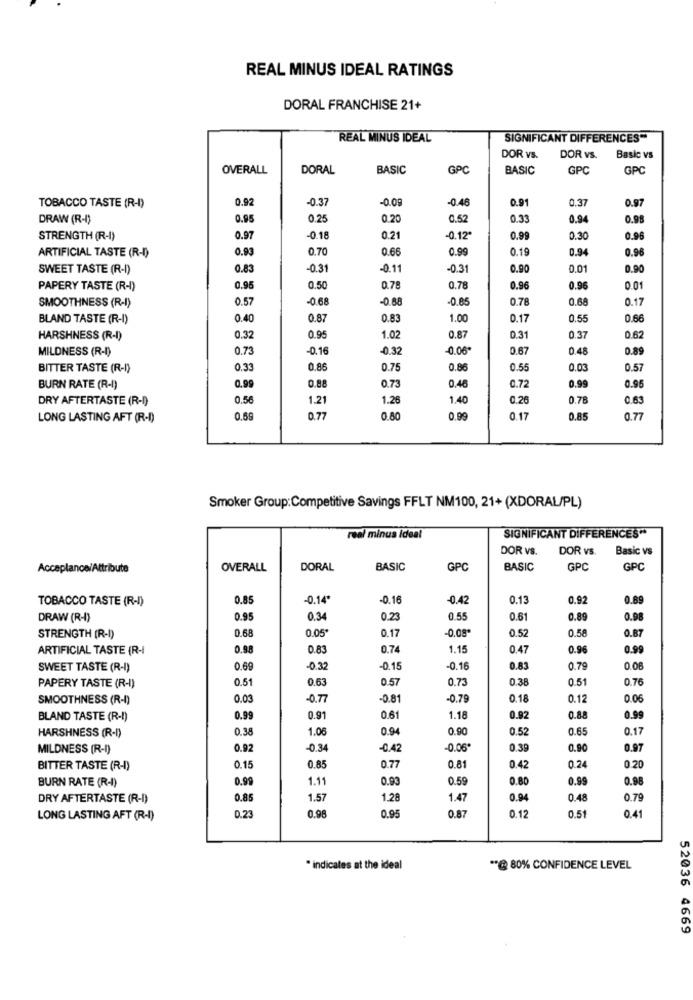
REAL MINUS IDEAL RATINGS
DORAL FRANCHISE 21+
REAL MINUS IDEAL
SIGNIFICANT DIFFERENCES"
DOR vs.
DOR vs.
Basic vs
OVERALL
DORAL
BASIC
GPC
BASIC
GPC
GPC
0.92
-0.37
-0.09
-0.48
0.91
0.37
TOBACCO TASTE (R-I)
0.97
DRAW (R-I)
0.95
0.25
0.20
0.57
0.35
0.94
0.9
STRENGTH (R-I)
0.97
-0.18
0.21
-0.12
0.99
0.30
0.9
0.93
0.70
0.66
0.99
0.19
0.96
ARTIFICIAL TASTE (R-D)
0.94
SWEET TASTE (R-I)
0.83
-0.31
-0.11
-0.3
0.90
0.0
0.90
PAPERY TASTE (R-I)
0.9
0.50
0.78
0.78
0.96
0.96
0.01
0.57
-0.68
-0.88
-0.85
0.78
0.68
0.17
SMOOTHNESS (R-I)
BLAND TASTE (R-I)
0.40
0.87
0.8
1.00
0.17
0.5
0.66
HARSHNESS (R-I)
0.32
0.95
1.02
0.87
0.31
0.37
0.62
MILDNESS (R-I)
0.73
-0.1
-0.32
0.06*
0.67
0.48
0.89
BITTER TASTE (R-I)
0.33
0.86
0.75
0.8
0.55
0.03
0.57
0.99
0.88
BURN RATE (R-I)
0.73
0.48
0.72
0.99
0.95
DRY AFTERTASTE (R-I)
0.56
1.21
1.26
1.40
0.26
0.78
0.63
LONG LASTING AFT (R-I)
0.69
0.77
0.80
0.99
0.17
0.8
0.77
Smoker Group: Competitive Savings FFLT NM100, 21+ (XDORAL/PL)
real minus ideal
SIGNIFICANT DIFFERENCES **
DOR VS.
DOR vs.
Basic vs
Acceptance/Attribute
OVERALL
DORAL
BASIC
GPC
BASIC
GPC
GPC
TOBACCO TASTE (R-I)
0.85
-0.14*
-0.16
-0.42
0.13
0.9
0.89
DRAW (R-I)
0.95
0.34
0.23
0.55
0.61
0.89
0.98
0.68
0.05
0.17
-0.08
0.52
0.58
0.87
STRENGTH (R-I)
ARTIFICIAL TASTE (R-I
0.98
0.83
0.74
1.15
0.47
0.96
0.99
SWEET TASTE (R-I)
0.69
-0.32
-0.15
0.16
0.83
0.79
0.00
0.51
0.63
0.57
0.73
0.38
0.5
0.70
PAPERY TASTE (R-I)
SMOOTHNESS (R-I)
0.03
-0.77
-0.81
-0.79
0.18
0.12
0.06
BLAND TASTE (R-I)
0.99
0.91
0.61
1.18
0.92
0.88
0.99
0.38
1.06
0.94
0.90
0.52
0.65
0.17
HARSHNESS (R-I)
MILDNESS (R-I)
0.92
-0.34
-0.42
-0.06*
0.39
0.90
0.97
0.85
BITTER TASTE (R-I)
0.15
0.77
0.81
0.42
0.24
0.20
0.99
1.11
0.93
0.59
0.80
0.99
0.98
BURN RATE (R-I)
DRY AFTERTASTE (R-I)
0.85
1.57
1.28
1.47
0.94
0.48
0.79
LONG LASTING AFT (R-I)
0.23
0.96
0.95
0.87
0.12
0.51
0.41
* indicates at the ideal
** @ 80% CONFIDENCE LEVEL
52036 4669